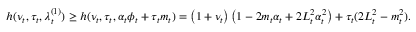
\begin{array} { r } { h ( \nu _ { t } , \tau _ { t } , \lambda _ { t } ^ { ( 1 ) } ) \ge h ( \nu _ { t } , \tau _ { t } , \alpha _ { t } \phi _ { t } + \tau _ { t } m _ { t } ) = \left( 1 + \nu _ { t } \right) \left( 1 - 2 m _ { t } \alpha _ { t } + 2 L _ { t } ^ { 2 } \alpha _ { t } ^ { 2 } \right) + \tau _ { t } ( 2 L _ { t } ^ { 2 } - m _ { t } ^ { 2 } ) . } \end{array}